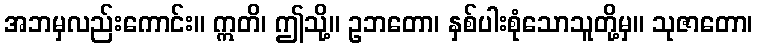
အဘမှလည်းကောင်း။ ဣတိ၊ ဤသို့။ ဥဘတော၊ နှစ်ပါးစုံသောသူတို့မှ။ သုဇာတော၊